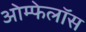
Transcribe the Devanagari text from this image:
ओम्फेलॉस